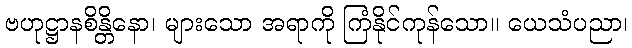
ဗဟုဋ္ဌာနစိန္တိနော၊ များသော အရာကို ကြံနိုင်ကုန်သော။ ယေသံပညာ၊